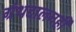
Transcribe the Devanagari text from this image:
ग्रंथदालनही